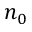
n _ { 0 }